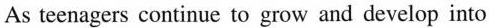
As teenagers continue to grow and develop into